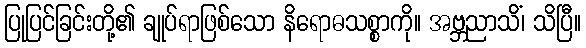
ပြုပြင်ခြင်းတို့၏ ချုပ်ရာဖြစ်သော နိရောဓသစ္စာကို။ အဗ္ဘညာသိံ၊ သိပြီ။